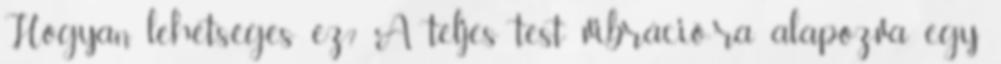
Hogyan lehetséges ez? A teljes test vibráció-ra alapozva egy